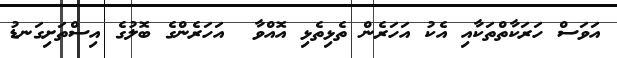
އަވަސް ހަރަކާތްތަކާއި އެކު އަހަރެން ތެޅިތެޅި އޮއްވާ  އަހަރެންގެ ބޮލުގެ އިސްތަށިގަނޑު